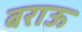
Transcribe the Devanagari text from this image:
बराऊ